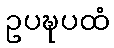
ဥပဍ္ဎပထံ